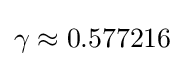
\gamma \approx 0.577216